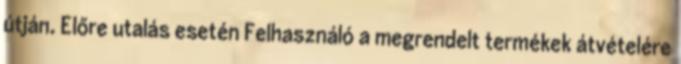
útján. Előre utalás esetén Felhasználó a megrendelt termékek átvételére